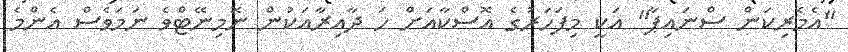
"އެމެރިކަން ސްނައިޕާ" އަކީ މިފަހަރުގެ އޮސްކާއަށް ހަ ދާއިރާއަކުން ނޮމިނޭޓްވެ ނަމަވެސް އެންމެ